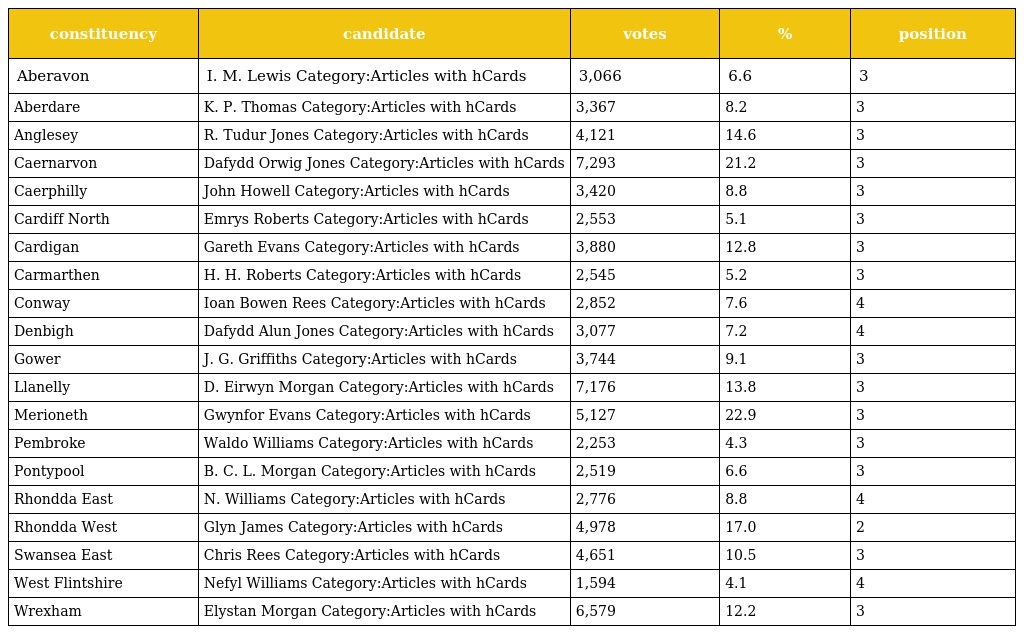
| constituency | candidate | votes | % | position |
 | --- | --- | --- | --- | --- |
 | Aberavon | I. M. Lewis Category:Articles with hCards | 3,066 | 6.6 | 3 |
 | Aberdare | K. P. Thomas Category:Articles with hCards | 3,367 | 8.2 | 3 |
 | Anglesey | R. Tudur Jones Category:Articles with hCards | 4,121 | 14.6 | 3 |
 | Caernarvon | Dafydd Orwig Jones Category:Articles with hCards | 7,293 | 21.2 | 3 |
 | Caerphilly | John Howell Category:Articles with hCards | 3,420 | 8.8 | 3 |
 | Cardiff North | Emrys Roberts Category:Articles with hCards | 2,553 | 5.1 | 3 |
 | Cardigan | Gareth Evans Category:Articles with hCards | 3,880 | 12.8 | 3 |
 | Carmarthen | H. H. Roberts Category:Articles with hCards | 2,545 | 5.2 | 3 |
 | Conway | Ioan Bowen Rees Category:Articles with hCards | 2,852 | 7.6 | 4 |
 | Denbigh | Dafydd Alun Jones Category:Articles with hCards | 3,077 | 7.2 | 4 |
 | Gower | J. G. Griffiths Category:Articles with hCards | 3,744 | 9.1 | 3 |
 | Llanelly | D. Eirwyn Morgan Category:Articles with hCards | 7,176 | 13.8 | 3 |
 | Merioneth | Gwynfor Evans Category:Articles with hCards | 5,127 | 22.9 | 3 |
 | Pembroke | Waldo Williams Category:Articles with hCards | 2,253 | 4.3 | 3 |
 | Pontypool | B. C. L. Morgan Category:Articles with hCards | 2,519 | 6.6 | 3 |
 | Rhondda East | N. Williams Category:Articles with hCards | 2,776 | 8.8 | 4 |
 | Rhondda West | Glyn James Category:Articles with hCards | 4,978 | 17.0 | 2 |
 | Swansea East | Chris Rees Category:Articles with hCards | 4,651 | 10.5 | 3 |
 | West Flintshire | Nefyl Williams Category:Articles with hCards | 1,594 | 4.1 | 4 |
 | Wrexham | Elystan Morgan Category:Articles with hCards | 6,579 | 12.2 | 3 |